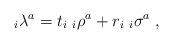
LaTeX: \begin{align*}_i\lambda^a=t_i\;_i\rho^a+r_i\;_i\sigma^a\;,\end{align*}